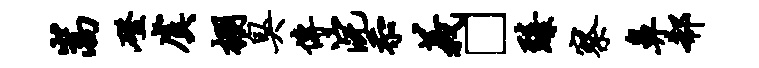
嵩磴虞棚臭传浣忝义□臻察鼻欷